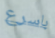
باسرع